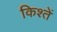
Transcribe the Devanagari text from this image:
किश्तें